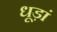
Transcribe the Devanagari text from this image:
धूड़ां